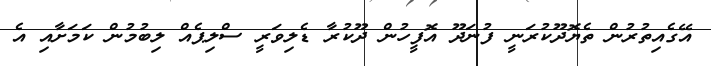
އޭގެއިތުރުން ތެޔޮދޫކުރަނީ ފުނަދޫ އޮފީހުން ދޫކުރާ ޑެލިވަރީ ސްލިޕެއް ލިބުމުން ކަމަށާއި އެ